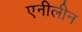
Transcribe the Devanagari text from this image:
एनीलीन